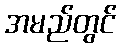
အမည်တွင်